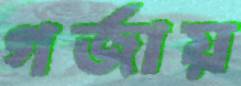
গর্‌জায়